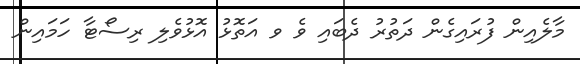
މާލެއިން ފުރައިގެން ދަތުރު ދެބައި ވެ ވ އަތޮޅު އޮޅުވެލި ރިސޯޓާ ހަމައިން